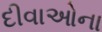
દીવાઓના